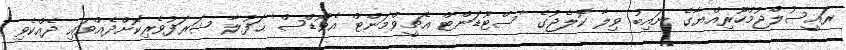
ރައީސުލްޖުމްހޫރިއްޔާގެ ނައިބު ވިލާ ކޮލެޖުގެ 'ސްޓޫޑަންޓް އެޗީވްމަންޓް އެވޯޑްސް' ޙަފުލާ ޝަރަފުވެރިކޮށްދެއްވައި ދެއްކެވި